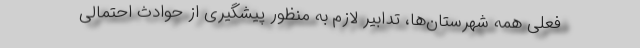
فعلی همه شهرستان‌ها، تدابیر لازم به منظور پیشگیری از حوادث احتمالی